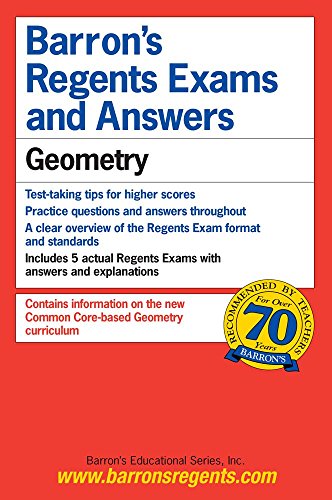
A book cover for Barron's Regents Exams and Answers: Geometry; Andre Castagna; Test Preparation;